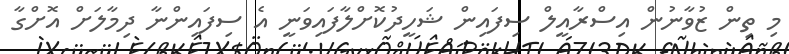
މި ތިން ޒުވާނުން އިސްރާއީލް ސިފައިން ޝަހީދުކޮށްލާފައިވަނީ އެ ސިފައިންނާ ދިމާލަށް އޮށްގާ